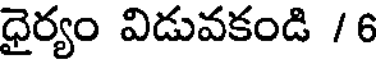
ధైర్యం విడువకండి /6